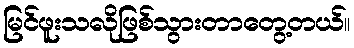
မြင်ဖူးသလိုဖြစ်သွားတာတွေ့တယ်။